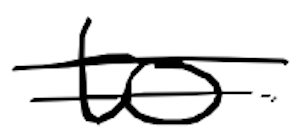
Text: to
Cross-out: mix
Writing tool: digital_black